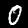
Label: 0